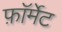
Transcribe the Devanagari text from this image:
फ़ाॅर्मेट